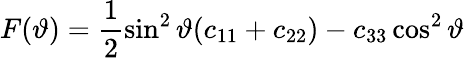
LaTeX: F(\vartheta)=\frac{1}{2}\sin^{2}\vartheta(c_{11}+c_{22})-c_{33}\cos^{2}\vartheta